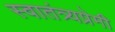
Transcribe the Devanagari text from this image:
स्वातंत्र्यप्रेमी